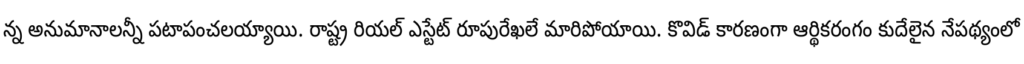
న్న అనుమానాలన్నీ పటాపంచలయ్యాయి. రాష్ట్ర రియల్ ఎస్టేట్ రూపురేఖలే మారిపోయాయి. కొవిడ్ కారణంగా ఆర్థికరంగం కుదేలైన నేపథ్యంలో